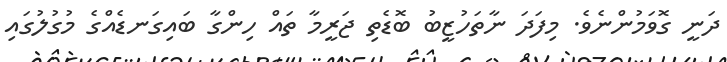
ދަނީ ގޮވަމުންނެވެ. މިފަދަ ނާތަހުޒީބު ބޮޑެތި ޖަރީމާ ތައް ހިންގާ ބައިގަނޑެއްގެ މުގުލުގައި